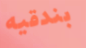
بندقيه